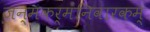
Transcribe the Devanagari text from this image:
जन्मकर्मनिवारकम्